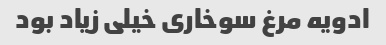
ادویه مرغ سوخاری خیلی زیاد بود